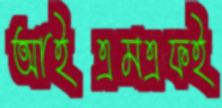
আইএমএফই